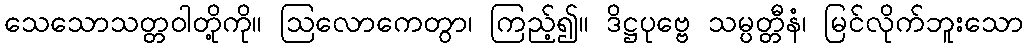
သေသောသတ္တဝါတို့ကို။ ဩလောကေတွာ၊ ကြည့်၍။ ဒိဋ္ဌပုဗ္ဗေ သမ္ပတ္တီနံ၊ မြင်လိုက်ဘူးသော